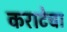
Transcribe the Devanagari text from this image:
कराटेचा